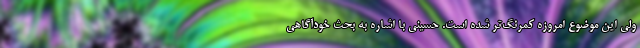
ولی این موضوع امروزه کمرنگ‌تر شده است. حسینی با اشاره به بحث خودآگاهی